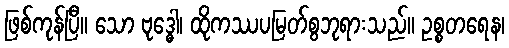
ဖြစ်ကုန်ပြီ။ သော ဗုဒ္ဓေါ၊ ထိုကဿပမြတ်စွဘုရားသည်။ ဥစ္စတရေန၊